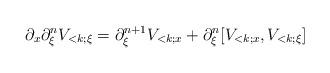
LaTeX: \begin{align*}\partial_x \partial_\xi^{n} V_{<k;\xi} = \partial_\xi^{n+1} V_{<k;x} + \partial_\xi^{n} [V_{<k;x}, V_{<k;\xi}]\end{align*}